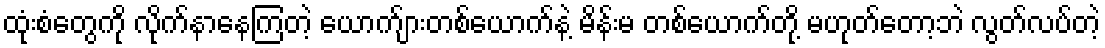
ထုံးစံတွေကို လိုက်နာနေကြတဲ့ ယောက်ျားတစ်ယောက်နဲ့ မိန်းမ တစ်ယောက်တို့ မဟုတ်တော့ဘဲ လွတ်လပ်တဲ့